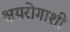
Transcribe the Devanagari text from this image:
क्षयरोगाशी